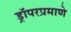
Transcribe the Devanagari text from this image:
ड्रॉपरप्रमाणे